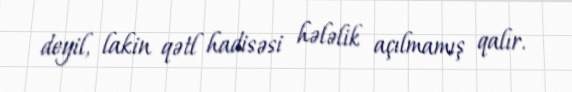
deyil, lakin qətl hadisəsi hələlik açılmamış qalır.